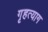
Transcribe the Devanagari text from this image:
गृहत्‍याग